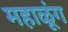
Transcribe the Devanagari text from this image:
महाळूंग